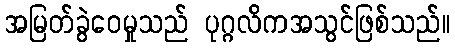
အမြတ်ခွဲဝေမှုသည် ပုဂ္ဂလိကအသွင်ဖြစ်သည်။